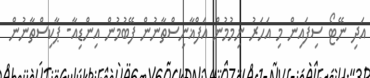
އަދި ނޭޓޯ ސިފައިން މި އަހަރު ނިމުމުން އަފްޣާނިސްތާނުން ފޭބުމުން އިންޑިއާ- ޕާކިސްތާނުން